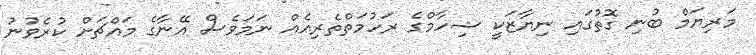
މަރިޔަމް ބުނި ގޮތުގައި ނިޔާޒަކީ ޝިހާމްގެ ރަހުމަތްތެރިއެއް ނަމަވެސް އޭނާގެ މައްޗަށް ކުރެވުނު